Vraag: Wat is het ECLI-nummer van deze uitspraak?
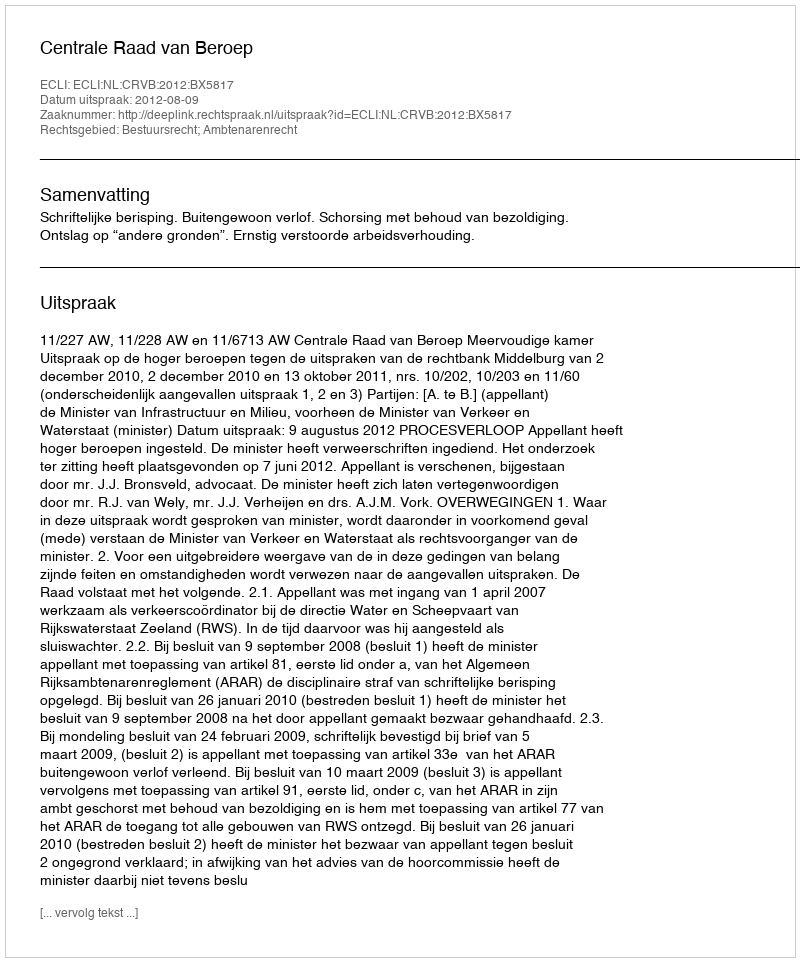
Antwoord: ECLI:NL:CRVB:2012:BX5817